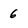
Character: 6